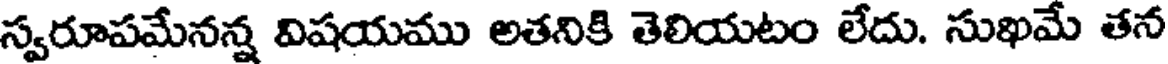
స్వరూపమేనన్న విషయము అతనికి తెలియటం లేదు. సుఖమే తన